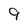
Character: 9